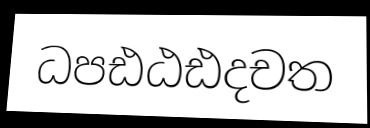
ධපඪඨඪදචත